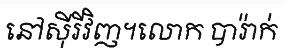
នៅស៊ីរីវិញ។លោក បារ៉ាក់